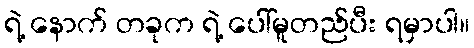
ရဲ့ နောက် တခုက ရဲ့ ပေါ်မူတည်ပီး ရမှာပါ။